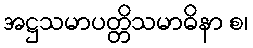
အဋ္ဌသမာပတ္တိသမာဓိနာ စ၊